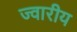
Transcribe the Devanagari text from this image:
ज्‍वारीय